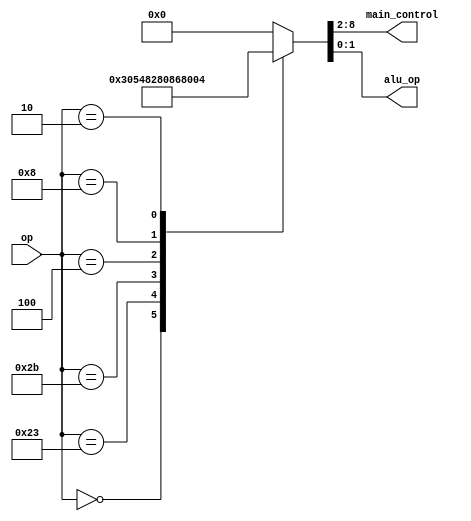
`timescale 1ns / 1ps
//////////////////////////////////////////////////////////////////////////////////
// Company: 
// Engineer: 
// 
// Design Name: 
// Module Name: main_decoder
// Project Name: 
// Target Devices: 
// Tool Versions: 
// Description: 
// 
// Dependencies: 
// 
// Revision:
// Revision 0.01 - File Created
// Additional Comments:
// 
//////////////////////////////////////////////////////////////////////////////////


module main_decoder(
	input [5:0] op,
	output reg [6:0] main_control,
	output reg [1:0] alu_op
    );
	//main_control
	//RegWrite	RegDst	AluSrc	Branch	MemWrite	MemtoReg	JUMP
	//[6]		[5]		[4]		[3]		[2]			[1]			[0]
	// replace X with 0
	// Instruction	Op		RegWrite	RegDst	AluSrc	Branch	MemWrite	MemtoReg	jump 	ALUOp
	// R_type		000000	1			1		0		0		0			0			0		10
	// lw			100011	1			0		1		0		0			1			0		00
	// sw			101011	0			X		1		0		1			X			0		00
	// beq			000100	0			X		0		1		0			X			0		01
	// addi			001000	1			0		1		0		0			0			0		00
	// j			000100	0			X		X		X		0			X			1		XX

	always @* begin
		case(op)
			6'b000000: {main_control,alu_op}=9'b110000010;
			6'b100011: {main_control,alu_op}=9'b101001000;
			6'b101011: {main_control,alu_op}=9'b001010000;
			6'b000100: {main_control,alu_op}=9'b000100001;
			6'b001000: {main_control,alu_op}=9'b101000000;
			6'b000010: {main_control,alu_op}=9'b000000100;
			default: {main_control,alu_op}=9'b0;
		endcase
	end
endmodule